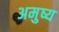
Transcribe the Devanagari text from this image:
अमुष्य